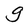
Character: g